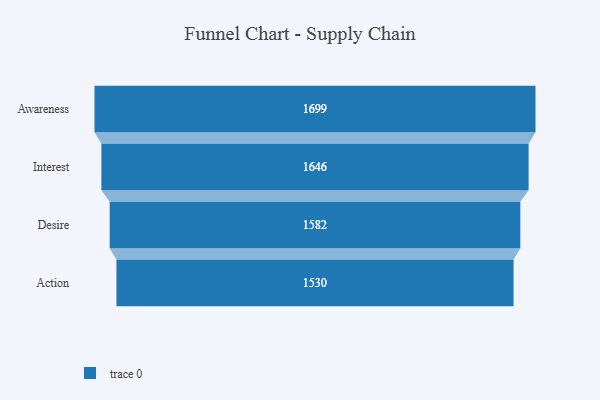
{"axis": {"x": "Stage", "y": "Value"}, "legend": [""], "data": [{"x": "Awareness", "y": 1699.0, "type": ""}, {"x": "Interest", "y": 1646.0, "type": ""}, {"x": "Desire", "y": 1582.0, "type": ""}, {"x": "Action", "y": 1530.0, "type": ""}]}